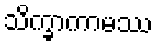
သိက္ခာကာမဿ